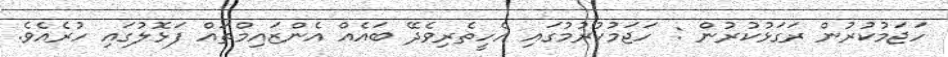
ހަޖަމުކުރުން ރަގަޅުކުރުން : ހަޖަމުކުރުމުގައި އެހީތެރިވެދޭ ބައެއް އެންޒައިމްތައް ފަޅޮލުގައި ހުރެއެވެ.